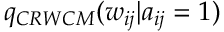
q _ { C R W C M } ( w _ { i j } | a _ { i j } = 1 )